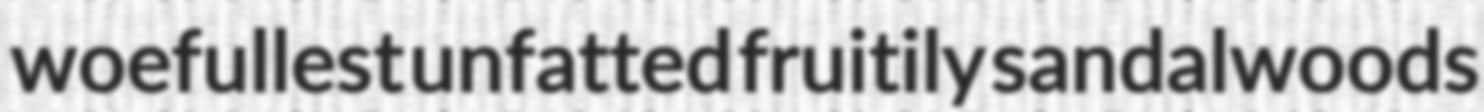
woefullest unfatted fruitily sandalwoods